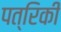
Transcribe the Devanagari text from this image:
पत्रिकी